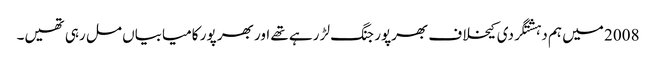
2008 میں ہم دہشتگردی کیخلاف بھرپور جنگ لڑ رہے تھے اور بھر پور کامیابیاں مل رہی تھیں۔